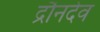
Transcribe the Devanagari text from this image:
द्रौनदेव